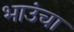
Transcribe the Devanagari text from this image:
भाउंचा